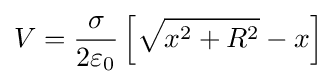
V={\frac {\sigma }{2\varepsilon _{0}}}\left[{\sqrt {x^{2}+R^{2}}}-x\right]